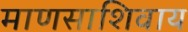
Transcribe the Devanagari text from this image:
माणसाशिवाय